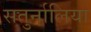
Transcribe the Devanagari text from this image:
सतुर्नालिया